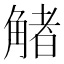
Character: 觰